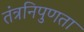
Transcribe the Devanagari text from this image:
तंत्रनिपुणता